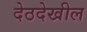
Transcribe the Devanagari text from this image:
देठदेखील